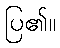
ပြ၏။